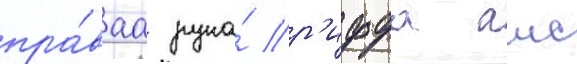
пра́ваа рука́ р'иффа аис